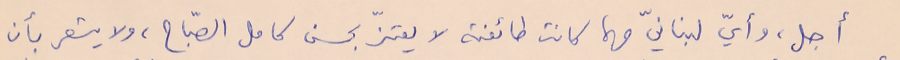
أجل، وأيّ لبنانيّ مهما كانت طائفته لا يعتزّ بحسن كامل الصبّاح، ولا يشعر بأن